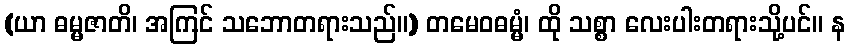
(ယာ ဓမ္မဇာတိ၊ အကြင် သဘောတရားသည်။) တမေဝဓမ္မံ၊ ထို သစ္စာ လေးပါးတရားသို့ပင်။ န